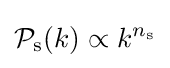
{\mathcal {P}}_{\mathrm {s} }(k)\propto k^{n_{\mathrm {s} }}